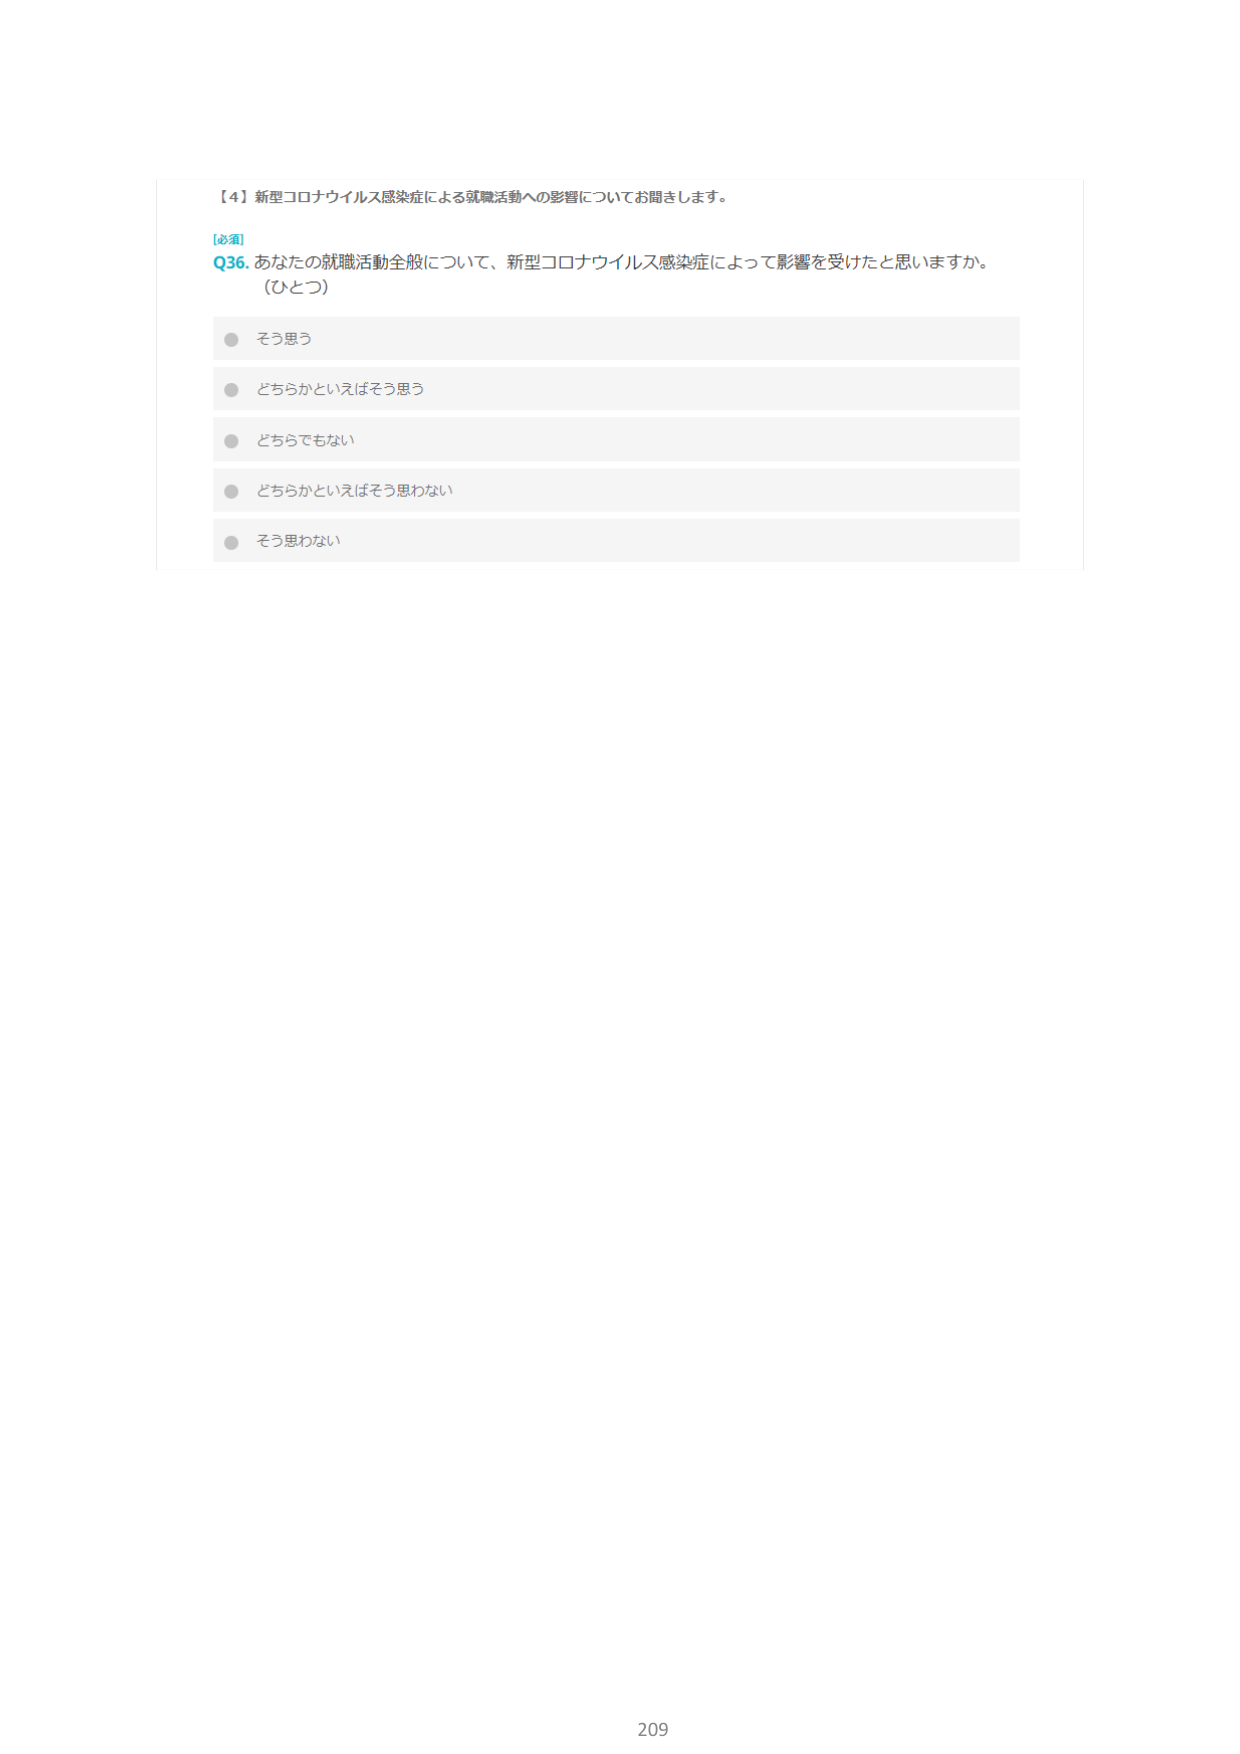
【4】新型コロナウイルス感染症による就職活動への影響についてお聞きします。

[必須]
Q36. あなたの就職活動全般について、新型コロナウイルス感染症によって影響を受けたと思いますか。
（ひとつ）

・そう思う
・どちらかといえばそう思う
・どちらでもない
・どちらかといえばそう思わない
・そう思わない

209